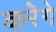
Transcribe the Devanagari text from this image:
करेॆगे